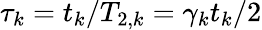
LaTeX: \tau_{k}=t_{k}/T_{2,k}=\gamma_{k}t_{k}/2